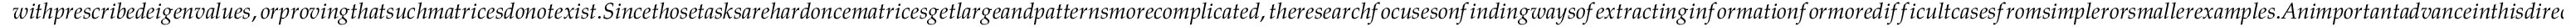
w i t h p r e s c r i b e d e i g e n v a l u e s , o r p r o v i n g t h a t s u c h m a t r i c e s d o n o t e x i s t . S i n c e t h o s e t a s k s a r e h a r d o n c e m a t r i c e s g e t l a r g e a n d p a t t e r n s m o r e c o m p l i c a t e d , t h e r e s e a r c h f o c u s e s o n f i n d i n g w a y s o f e x t r a c t i n g i n f o r m a t i o n f o r m o r e d i f f i c u l t c a s e s f r o m s i m p l e r o r s m a l l e r e x a m p l e s . A n i m p o r t a n t a d v a n c e i n t h i s d i r e c t i o n w a s m a d e i n w i t h t h e i n t r o d u c t i o n o f t h e s t r o n g p r o p e r t i e s . I n p a r t i c u l a r , i f a m a t r i x